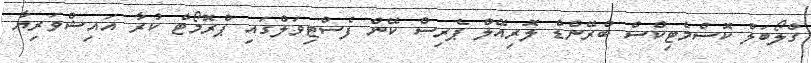
ގްލޯބަލް ކޮސްމެޓިކްސް ބްރޭންޑް ލޮރިއޭލް ޕެރިސް ކޭން ފެސްޓިވަލްގައި ޕްރޮމޯޓް ކުރާ އައިޝްވަރިޔާ